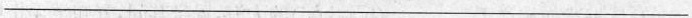
___